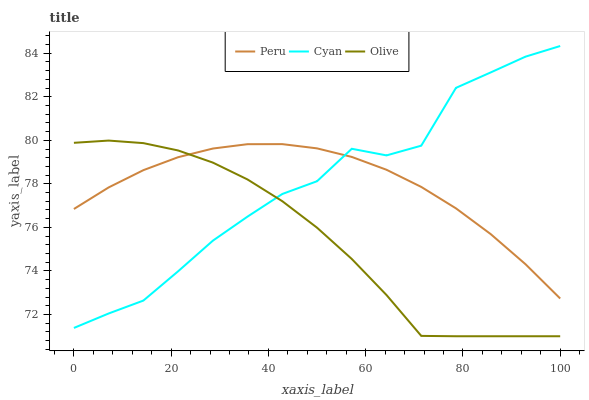
| xaxis_label | Peru | Cyan | Olive |
 | --- | --- | --- | --- |
 | 0 | 76.8 | 71.4 | 79.9 |
 | 7.14 | 77.8 | 72 | 80 |
 | 14.3 | 78.6 | 72.6 | 79.9 |
 | 21.4 | 79.2 | 74 | 79.5 |
 | 28.6 | 79.6 | 75.4 | 79 |
 | 35.7 | 79.8 | 76.5 | 78.2 |
 | 42.9 | 79.8 | 77.5 | 77.2 |
 | 50 | 79.6 | 78.1 | 76 |
 | 57.1 | 79.2 | 79.6 | 74.6 |
 | 64.3 | 78.6 | 79.3 | 72.9 |
 | 71.4 | 77.9 | 79.8 | 71 |
 | 78.6 | 76.9 | 82.4 | 71 |
 | 85.7 | 75.7 | 83.1 | 71 |
 | 92.9 | 74.3 | 83.8 | 71 |
 | 100 | 72.7 | 84.3 | 71 |